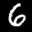
Label: 6